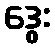
ဒွေး